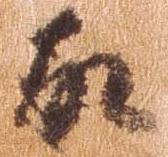
故